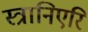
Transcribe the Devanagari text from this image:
स्त्रानिएरि